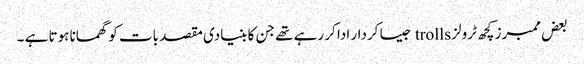
بعض ممبرز کچھ ٹرولز trolls جیسا کردار ادا کر رہے تھے جن کا بنیادی مقصد بات کو گھمانا ہوتا ہے ۔